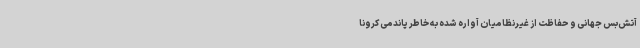
آتش‌بس جهانی و حفاظت از غیرنظامیان آواره شده به خاطر پاندمی کرونا